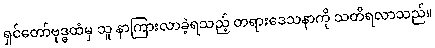
ရှင်တော်ဗုဒ္ဓထံမှ သူ နာကြားလာခဲ့ရသည့် တရားဒေသနာကို သတိရလာသည်။